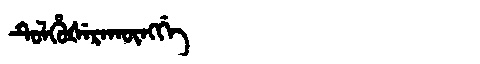
Manchu: ᡨᡠᠯᡥᡠᡧᡝᡵᠠᡴᡡᠩᡤᡝ
Romanization: TULHUŠERAKŪNGGE